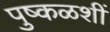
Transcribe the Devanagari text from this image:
पुष्कळशीं